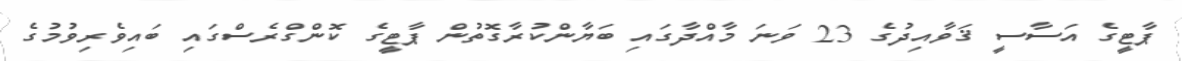
ޕާޓީގެ އަސާސީ ޤަވާއިދުގެ 23 ވަނަ މާއްދާގައި ބަޔާންކުރާގޮތުން ޕާޓީގެ ކޮންގްރެސްގައި ބައިވެރިވުމުގެ